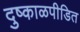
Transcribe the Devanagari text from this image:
दुष्काळपीडित